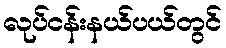
လုပ်ငန်းနယ်ပယ်တွင်